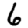
Digit: 6